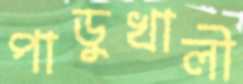
পাডুখালী